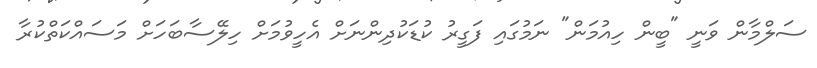
ސަލްމާން ވަނީ "ބީން ހިއުމަން" ނަމުގައި ފަގީރު ކުޑަކުދިންނަށް އެހީވުމަށް ހިލޭސާބަހަށް މަސައްކަތްކުރާ